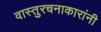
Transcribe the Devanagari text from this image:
वास्तुरचनाकारांनी